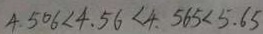
4 . 5 0 6 < 4 . 5 6 < 4 . 5 6 5 < 5 . 6 5